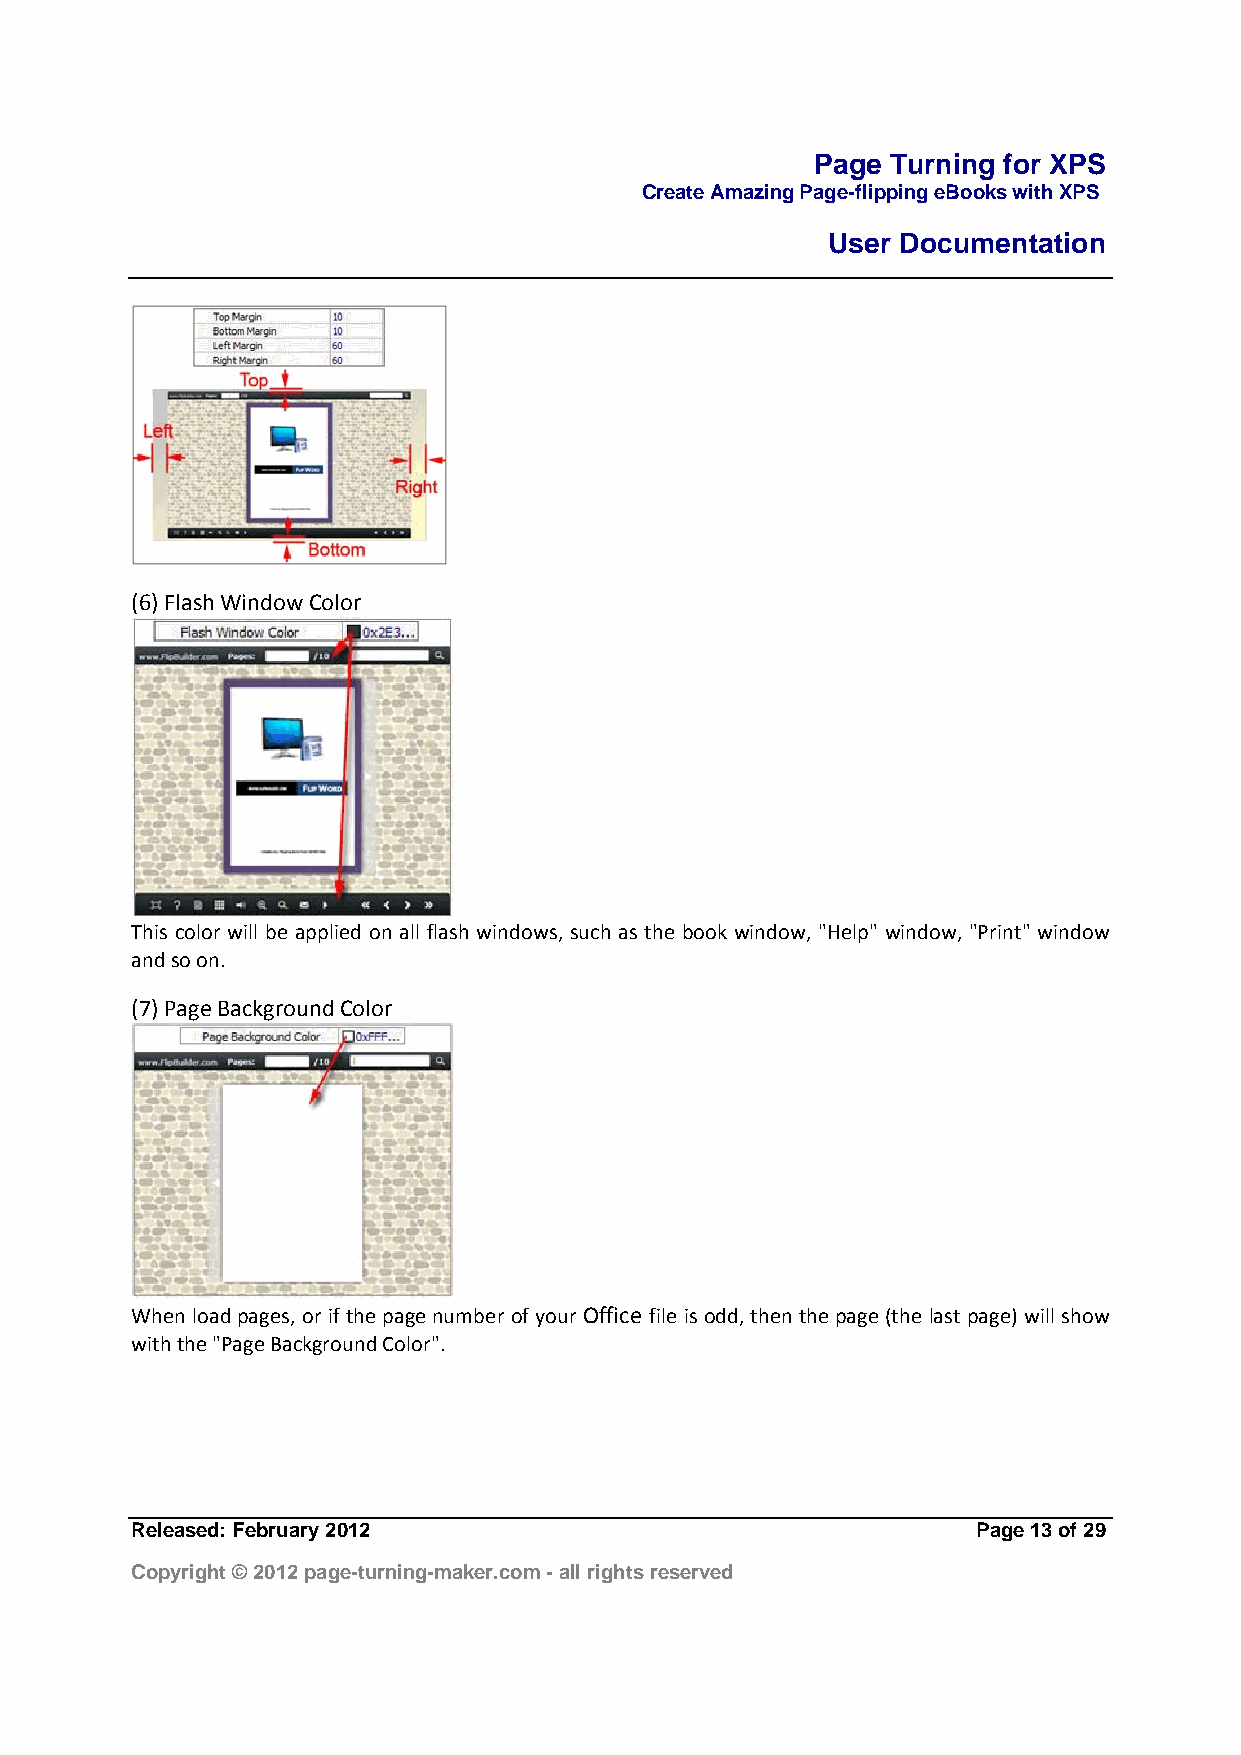
Page Turning for XPS
 Create Amazing Page-flipping eBooks with XPS
 User Documentation
 (6) Flash Window Color
 This color will be applied on all flash windows, such as the book window, "Help" window, "Print" window
 and so on.
 (7) Page Background Color
 When load pages, or if the page number of your Office file is odd, then the page (the last page) will show
 with the "Page Background Color".
 Released: February 2012                                 Page 13 of 29
 Copyright © 2012 page-turning-maker.com - all rights reserved